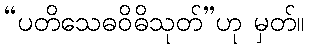
“ပတိသေဓဝိဓိသုတ်”ဟု မှတ်။